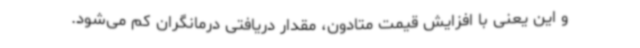
و این یعنی با افزایش قیمت متادون، مقدار دریافتی درمانگران کم می‌شود.